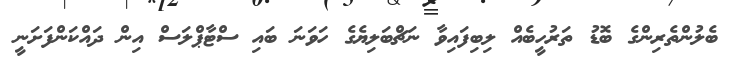
ބެލުންތެރިންގެ ބޮޑު ތަރުހީބެއް ލިބިފައިވާ ނަޗްބަލިޔެގެ ހަވަނަ ބައި ސްޓާޕްލަސް އިން ދައްކަންފަށަނީ